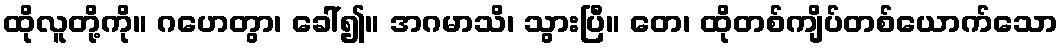
ထိုလူတို့ကို။ ဂဟေတွာ၊ ခေါ်၍။ အဂမာသိ၊ သွားပြီ။ တေ၊ ထိုတစ်ကျိပ်တစ်ယောက်သော